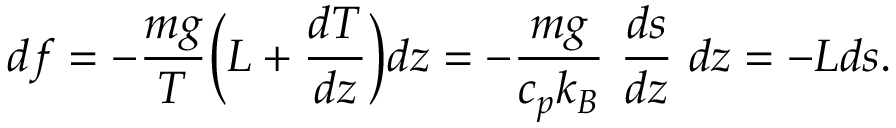
d f = - { \frac { m g } { T } } \bigg ( L + { \frac { d T } { d z } } \bigg ) d z = - { \frac { m g } { c _ { p } k _ { B } } } \ { \frac { d s } { d z } } \ d z = - L d s .